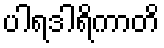
ပါရဒါရိကာတိ